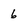
Character: 6